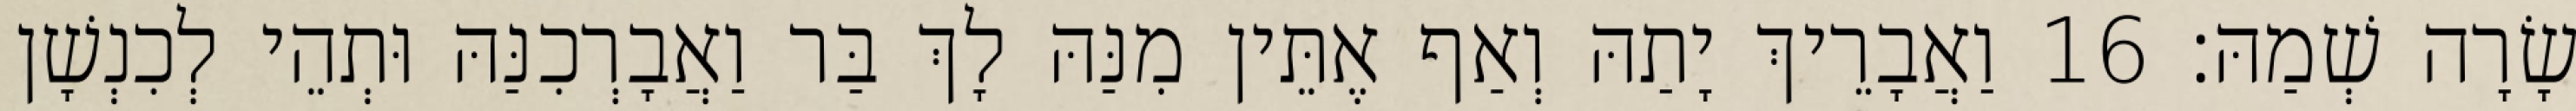
שָׂרָה שְׁמַהּ׃ 16 וַאֲבָרֵיךְ יָתַהּ וְאַף אֶתֵּין מִנַּהּ לָךְ בַּר וַאֲבָרְכִנַּהּ וּתְהֵי לְכִנְשָׁן